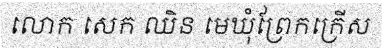
លោក សេក ឈិន មេឃុំព្រែកក្រើស